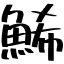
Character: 鯑